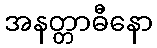
အနတ္တာဓီနော